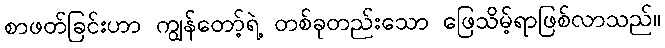
စာဖတ်ခြင်းဟာ ကျွန်တော့်ရဲ့ တစ်ခုတည်းသော ဖြေသိမ့်ရာဖြစ်လာသည်။